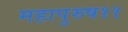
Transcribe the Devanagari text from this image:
महापुरुष११